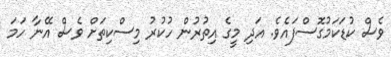
ވެސް ކުޑަކަމުގޮސްފައެވެ. އަދި މީގެ އިތުރުން ހުކުރު މިސްކިތަށް ވެސް އޭނާ ހަމަ